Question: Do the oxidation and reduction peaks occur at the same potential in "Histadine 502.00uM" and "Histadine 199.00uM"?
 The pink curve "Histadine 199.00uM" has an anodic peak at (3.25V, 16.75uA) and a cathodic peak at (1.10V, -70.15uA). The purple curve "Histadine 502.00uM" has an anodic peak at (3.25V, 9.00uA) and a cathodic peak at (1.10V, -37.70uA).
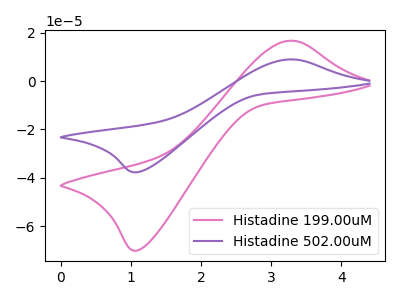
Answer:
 <answer>Yes, "Histadine 502.00uM" have a peak in "Histadine 199.00uM" at the same potential.</answer>
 <eval>match</eval>